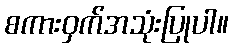
စကားဝှက်အသုံးပြုပါ။